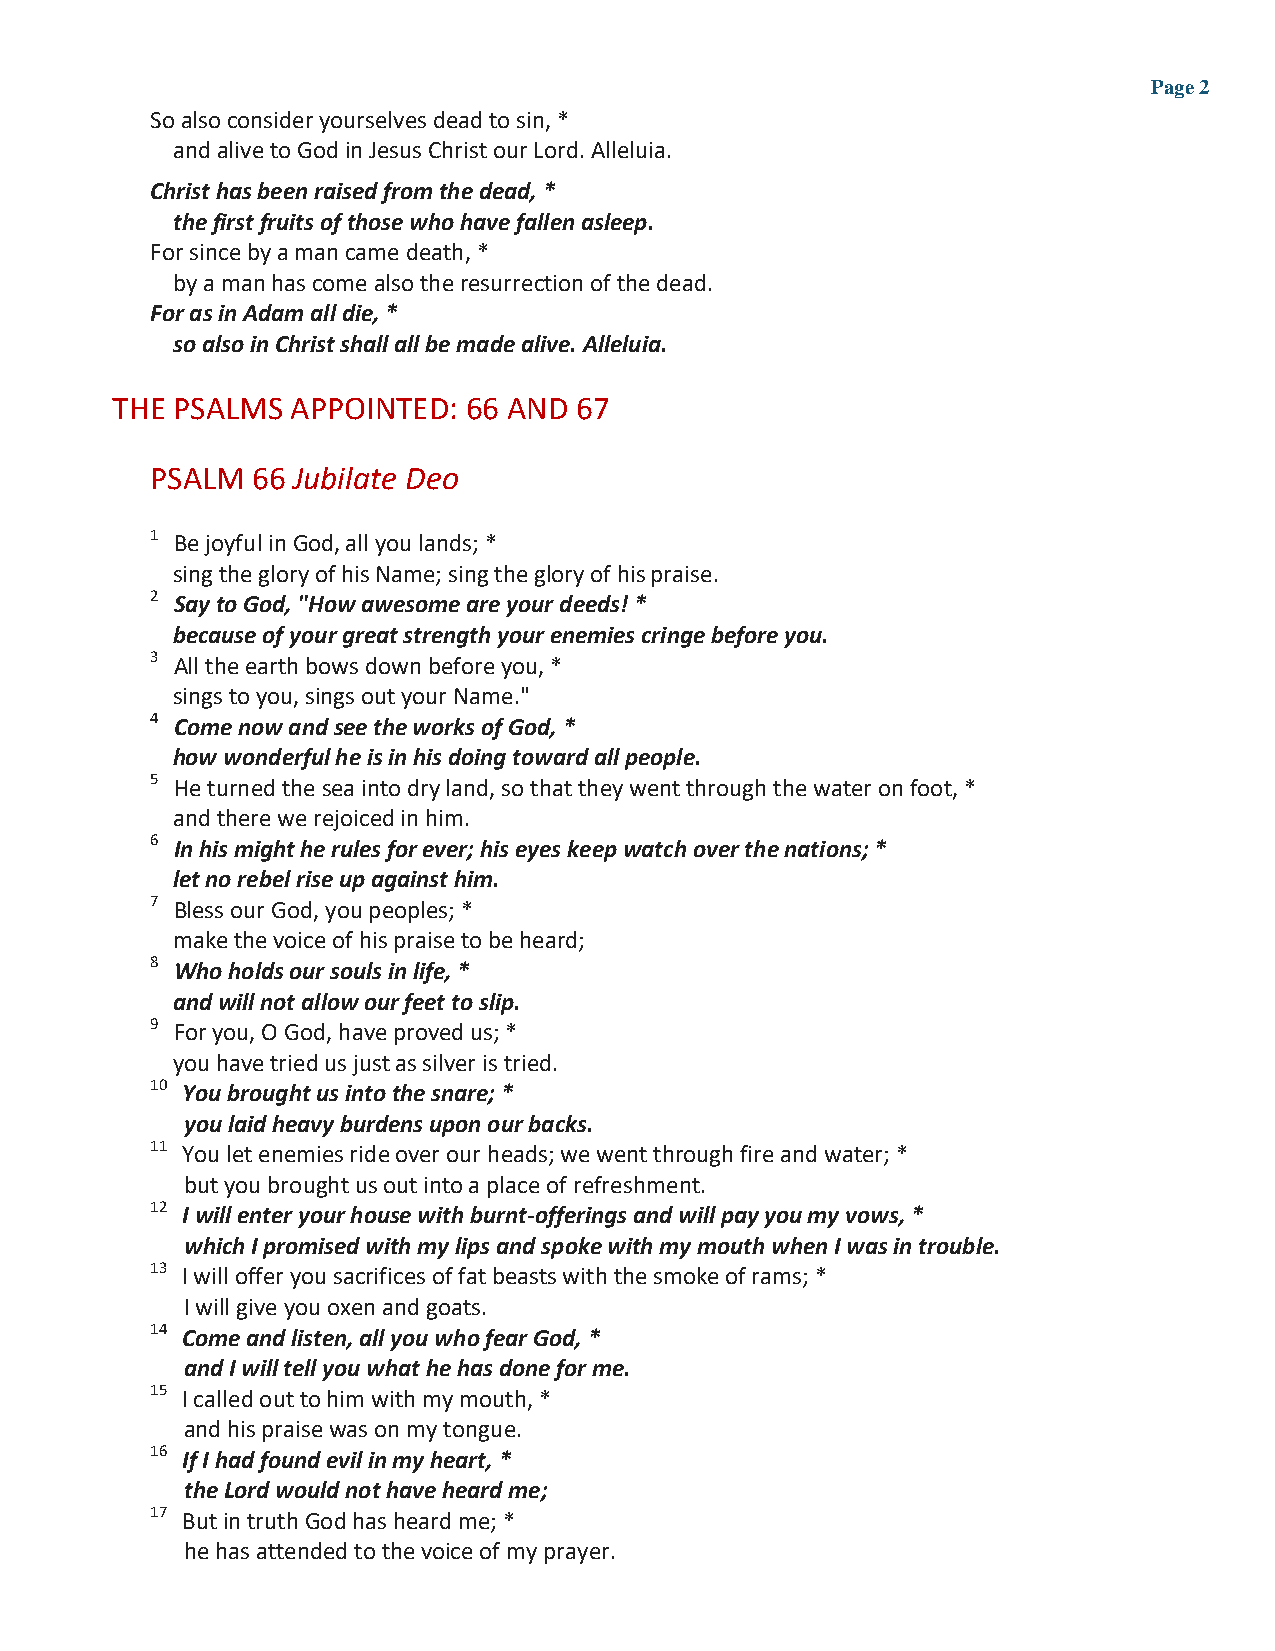
Page 2
 So also consider yourselves dead to sin, *
 and alive to God in Jesus Christ our Lord. Alleluia.
 Christ has been raised from the dead, *
 the first fruits of those who have fallen asleep.
 For since by a man came death, *
 by a man has come also the resurrection of the dead.
 For as in Adam all die, *
 so also in Christ shall all be made alive. Alleluia.
 THE PSALMS  APPOINTED:  66 AND 67
 PSALM  66 Jubilate Deo
 1 Be joyful in God, all you lands; *
 sing the glory of his Name; sing the glory of his praise.
 2 Say to God, "How awesome are your deeds! *
 because of your great strength your enemies cringe before you.
 3 All the earth bows down before you, *
 sings to you, sings out your Name."
 4 Come now and see the works of God, *
 how wonderful he is in his doing toward all people.
 5 He turned the sea into dry land, so that they went through the water on foot, *
 and there we rejoiced in him.
 6 In his might he rules for ever; his eyes keep watch over the nations; *
 let no rebel rise up against him.
 7 Bless our God, you peoples; *
 make the voice of his praise to be heard;
 8 Who holds our souls in life, *
 and will not allow our feet to slip.
 9 For you, O God, have proved us; *
 you have tried us just as silver is tried.
 10 You brought us into the snare; *
 you laid heavy burdens upon our backs.
 11 You let enemies ride over our heads; we went through fire and water; *
 but you brought us out into a place of refreshment.
 12 I will enter your house with burnt-offerings and will pay you my vows, *
 which I promised with my lips and spoke with my mouth when I was in trouble.
 13 I will offer you sacrifices of fat beasts with the smoke of rams; *
 I will give you oxen and goats.
 14 Come and listen, all you who fear God, *
 and I will tell you what he has done for me.
 15 I called out to him with my mouth, *
 and his praise was on my tongue.
 16 If I had found evil in my heart, *
 the Lord would not have heard me;
 17 But in truth God has heard me; *
 he has attended to the voice of my prayer.